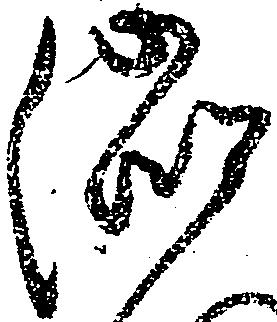
渋